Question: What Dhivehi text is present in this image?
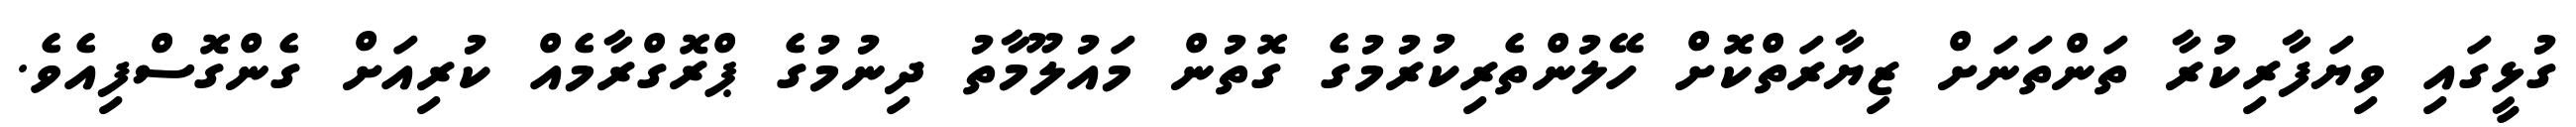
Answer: ގުޅީގައި ވިޔަފާރިކުރާ ތަންތަނަށް ޒިޔާރަތްކޮށް ހޭލުންތެރިކުރުމުގެ ގޮތުން މައުލޫމާތު ދިނުމުގެ ޕްރޮގްރާމެއް ކުރިއަށް ގެންގޮސްފިއެވެ.